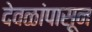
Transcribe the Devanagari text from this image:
देवळांपासून